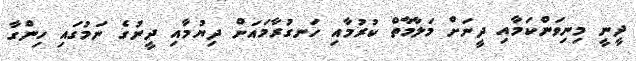
ދީނީ މިނިވަންކަމާއި ދީނަށް މަލާމާތް ކުރުމާއި ހަނގުރާމައަށް ދިޔުމާއި ދީނުގެ ނަމުގައި ހިންގާ